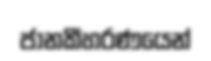
ජානකීහරණයෙන්